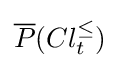
{\overline {P}}(Cl_{t}^{\leq })